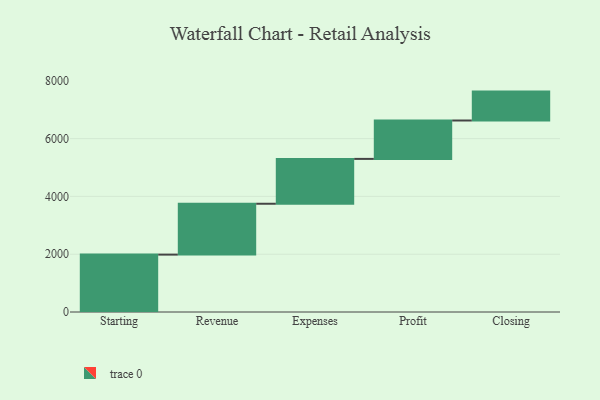
{"axis": {"x": "Step", "y": "Value"}, "legend": [""], "data": [{"x": "Starting", "y": 1986.0, "type": ""}, {"x": "Revenue", "y": 1760.0, "type": ""}, {"x": "Expenses", "y": 1552.0, "type": ""}, {"x": "Profit", "y": 1329.0, "type": ""}, {"x": "Closing", "y": 1000, "type": ""}]}